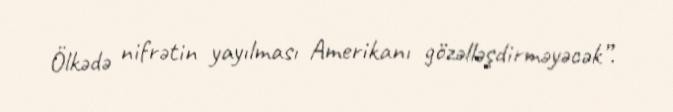
Ölkədə nifrətin yayılması Amerikanı gözəlləşdirməyəcək”.